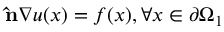
\mathbf { \hat { n } } \nabla u ( x ) = f ( x ) , \forall x \in \partial \Omega _ { 1 }